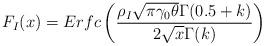
LaTeX: \begin{align*} F_I(x)=Erfc \left(\frac{\rho_I \sqrt{\pi \gamma_0 \theta} \Gamma(0.5+k)}{2 \sqrt{x} \Gamma(k)} \right) \end{align*}